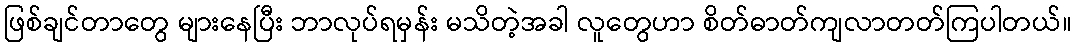
ဖြစ်ချင်တာတွေ များနေပြီး ဘာလုပ်ရမှန်း မသိတဲ့အခါ လူတွေဟာ စိတ်ဓာတ်ကျလာတတ်ကြပါတယ်။